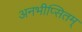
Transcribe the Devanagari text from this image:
अनभीप्सितम्